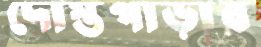
দোস্তপাড়ার